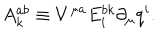
LaTeX: A _ { k } ^ { a b } \equiv V ^ { \mu a } E _ { i } ^ { b k } \partial _ { \mu } q ^ { i } .